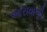
આરાવાળી